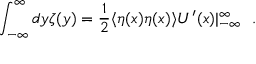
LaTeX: \int _ { - \infty } ^ { \infty } d y \zeta ( y ) = \frac { 1 } { 2 } \langle \eta ( x ) \eta ( x ) \rangle U ^ { \prime } ( x ) | _ { - \infty } ^ { \infty } \ \ .